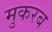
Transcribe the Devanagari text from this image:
मुकरब